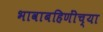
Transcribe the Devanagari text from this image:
भावाबहिणींच्या